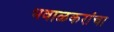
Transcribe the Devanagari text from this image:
भवाळकरांचा